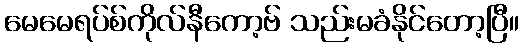
မေမေရပ်စ်ကိုလ်နီကော့ဗ် သည်းမခံနိုင်တော့ပြီ။